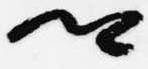
卿